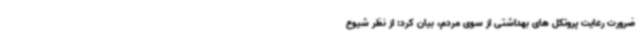
ضرورت رعایت پروتکل های بهداشتی از سوی مردم، بیان کرد: از نظر شیوع